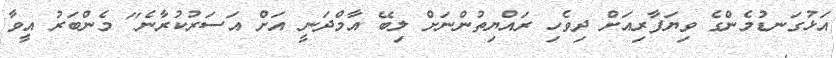
އަޅުގަނޑުމެންގެ ވިޔަފާރިއަށް ދިވެހި ރައްޔިތުންނަށް ލިބޭ އާމްދަނީ އަށް އަސަރުކުރާނެ" މެންބަރު އީވާ